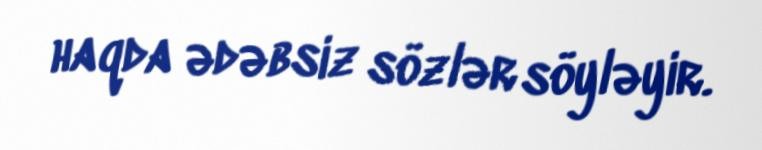
haqda ədəbsiz sözlər söyləyir.